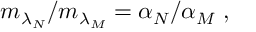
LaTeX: m _ { \lambda _ { N } } / m _ { \lambda _ { M } } = \alpha _ { N } / \alpha _ { M } \; ,